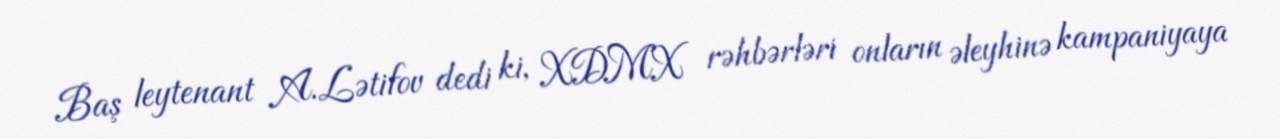
Baş leytenant A.Lətifov dedi ki, XDMX rəhbərləri onların əleyhinə kampaniyaya